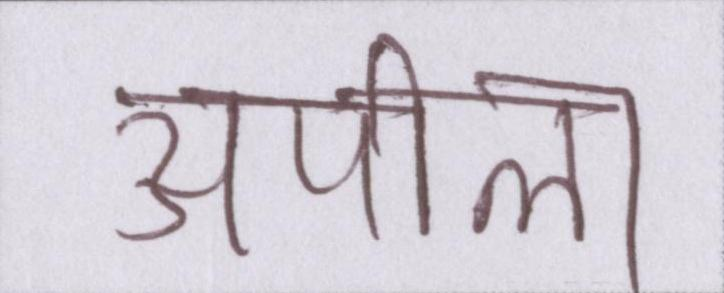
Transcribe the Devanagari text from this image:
अपील